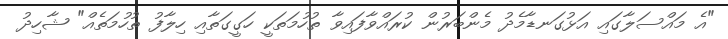
"އެ މައްސަލާގައި އަޅުގަނޑާމެދު މެންބަރުން ކުރައްވާފައިވާ ތުހުމަތަކީ ހަގީގަތާއި ހިލާފު ތުހުމަތެއް" ޝާހިދު